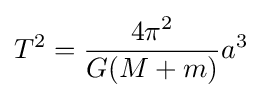
T^{2}={\frac {4\pi ^{2}}{G(M+m)}}a^{3}